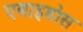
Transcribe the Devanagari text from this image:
एबाइडोस